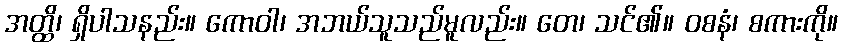
အတ္ထိ၊ ရှိပါသနည်း။ ကောဝါ၊ အဘယ်သူသည်မူလည်း။ တေ၊ သင်၏။ ဝစနံ၊ စကားကို။